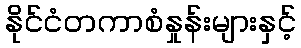
နိုင်ငံတကာစံနှုန်းများနှင့်